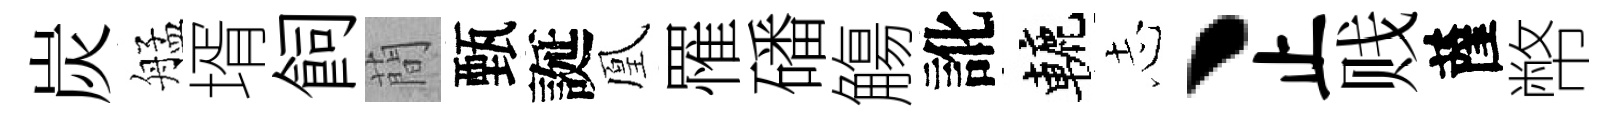
炭艋壻飼蕳甄誕凰罹磻觴訛轆𢖽丶止贱薩幣